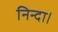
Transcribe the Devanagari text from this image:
निन्दा।